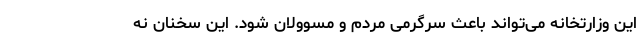
این وزارتخانه می‌تواند باعث سرگرمی مردم و مسوولان شود. این سخنان نه